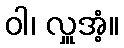
ဝါ၊ လှူအံ့။